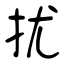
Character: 扰